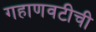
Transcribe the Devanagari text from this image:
गहाणवटीची